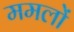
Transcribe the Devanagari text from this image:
ममलों